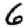
Digit: 6